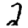
Digit: 2